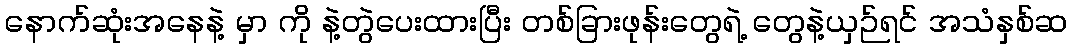
နောက်ဆုံးအနေနဲ့ မှာ ကို နဲ့တွဲပေးထားပြီး တစ်ခြားဖုန်းတွေရဲ့ တွေနဲ့ယှဉ်ရင် အသံနှစ်ဆ